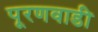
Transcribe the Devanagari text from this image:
पूरणवाडी